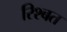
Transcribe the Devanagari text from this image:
रिश्बत